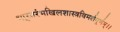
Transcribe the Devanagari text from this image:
भा्रतरंभखिलशास्त्रविमर्शपूर्णम्।।